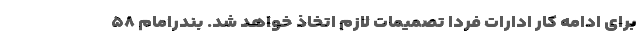
برای ادامه کار ادارات فردا تصمیمات لازم اتخاذ خواهد شد. بندرامام ۵۸